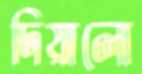
দিয়ালো